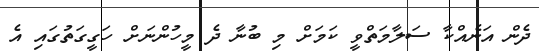
ދެން އަނެއްކާ ސަލާމަތްވީ ކަމަށް މި ބުނާ ދެ މީހުންނަށް ހަގީގަތުގައި އެ